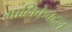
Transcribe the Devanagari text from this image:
मालिकेबद्दल